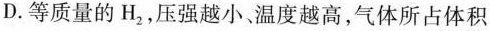
D.等质量的H_{2}，压强越小、温度越高，气体所占体积